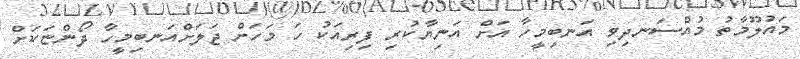
މައުލޫމާތު މުއްސަނދިވި އަނބިމީހާ އަށް އަނިޔާކުރި ފިރިއަކު ހަ މަހަށް ޖަލަށްއަނބިމީހާ ދޯންޏަކަށް